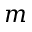
m